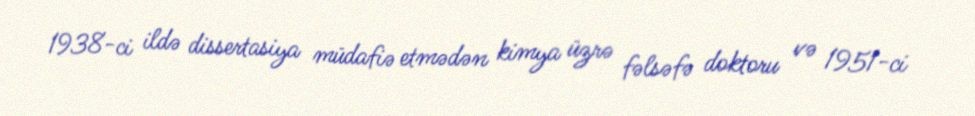
1938-ci ildə dissertasiya müdafiə etmədən kimya üzrə fəlsəfə doktoru və 1951-ci